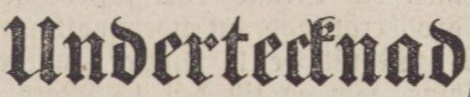
Undertecknad,